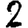
Digit: 2